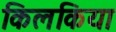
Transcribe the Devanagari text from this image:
किलकिया